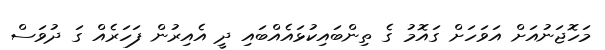
މަހޮޖަނުއަށް އަވަހަށް ގައޮމު ގެ ތިންބައިކުޅައެއްބައި ދީ އެއިރުން ފަހަރެއް ގަ ދުވަސް